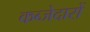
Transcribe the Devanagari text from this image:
कब्जेदारों